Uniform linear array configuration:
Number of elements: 24
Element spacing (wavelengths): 0.25
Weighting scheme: kaiser
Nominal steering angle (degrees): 45
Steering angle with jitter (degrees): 46.445
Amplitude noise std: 0.05
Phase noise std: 0.05

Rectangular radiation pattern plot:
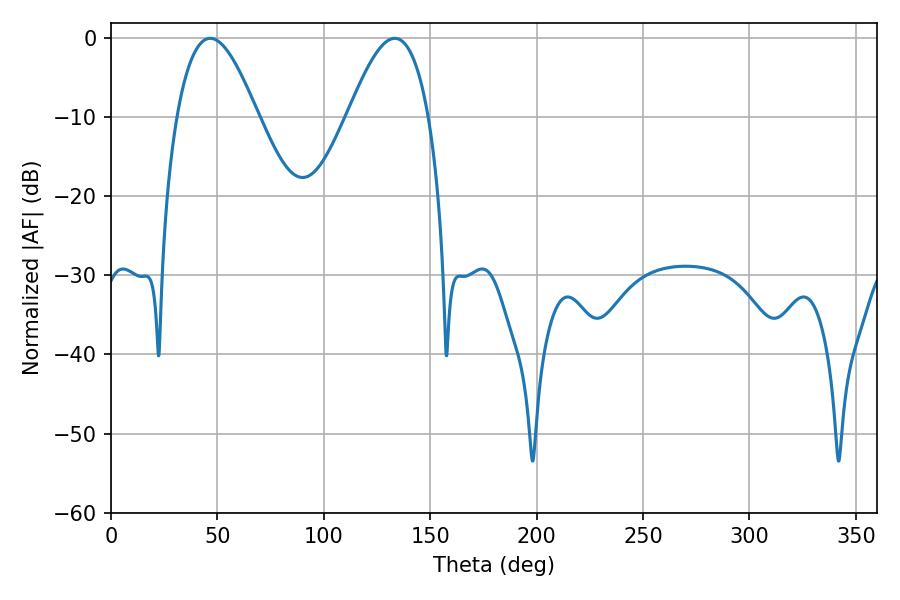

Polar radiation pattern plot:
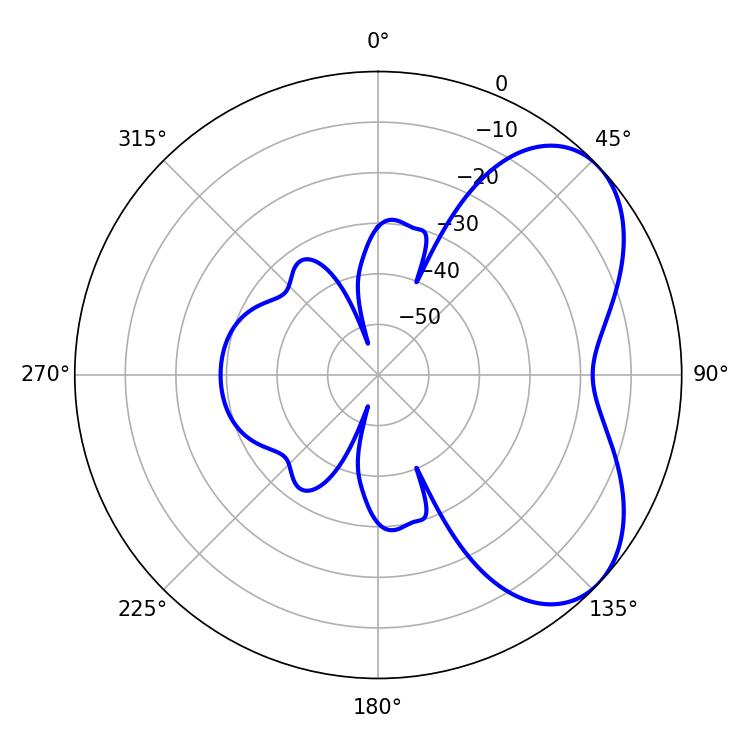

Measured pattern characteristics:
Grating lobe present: FALSE
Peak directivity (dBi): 5.304
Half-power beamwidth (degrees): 20.52
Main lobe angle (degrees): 46.62